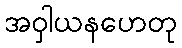
အဝှါယနဟေတု